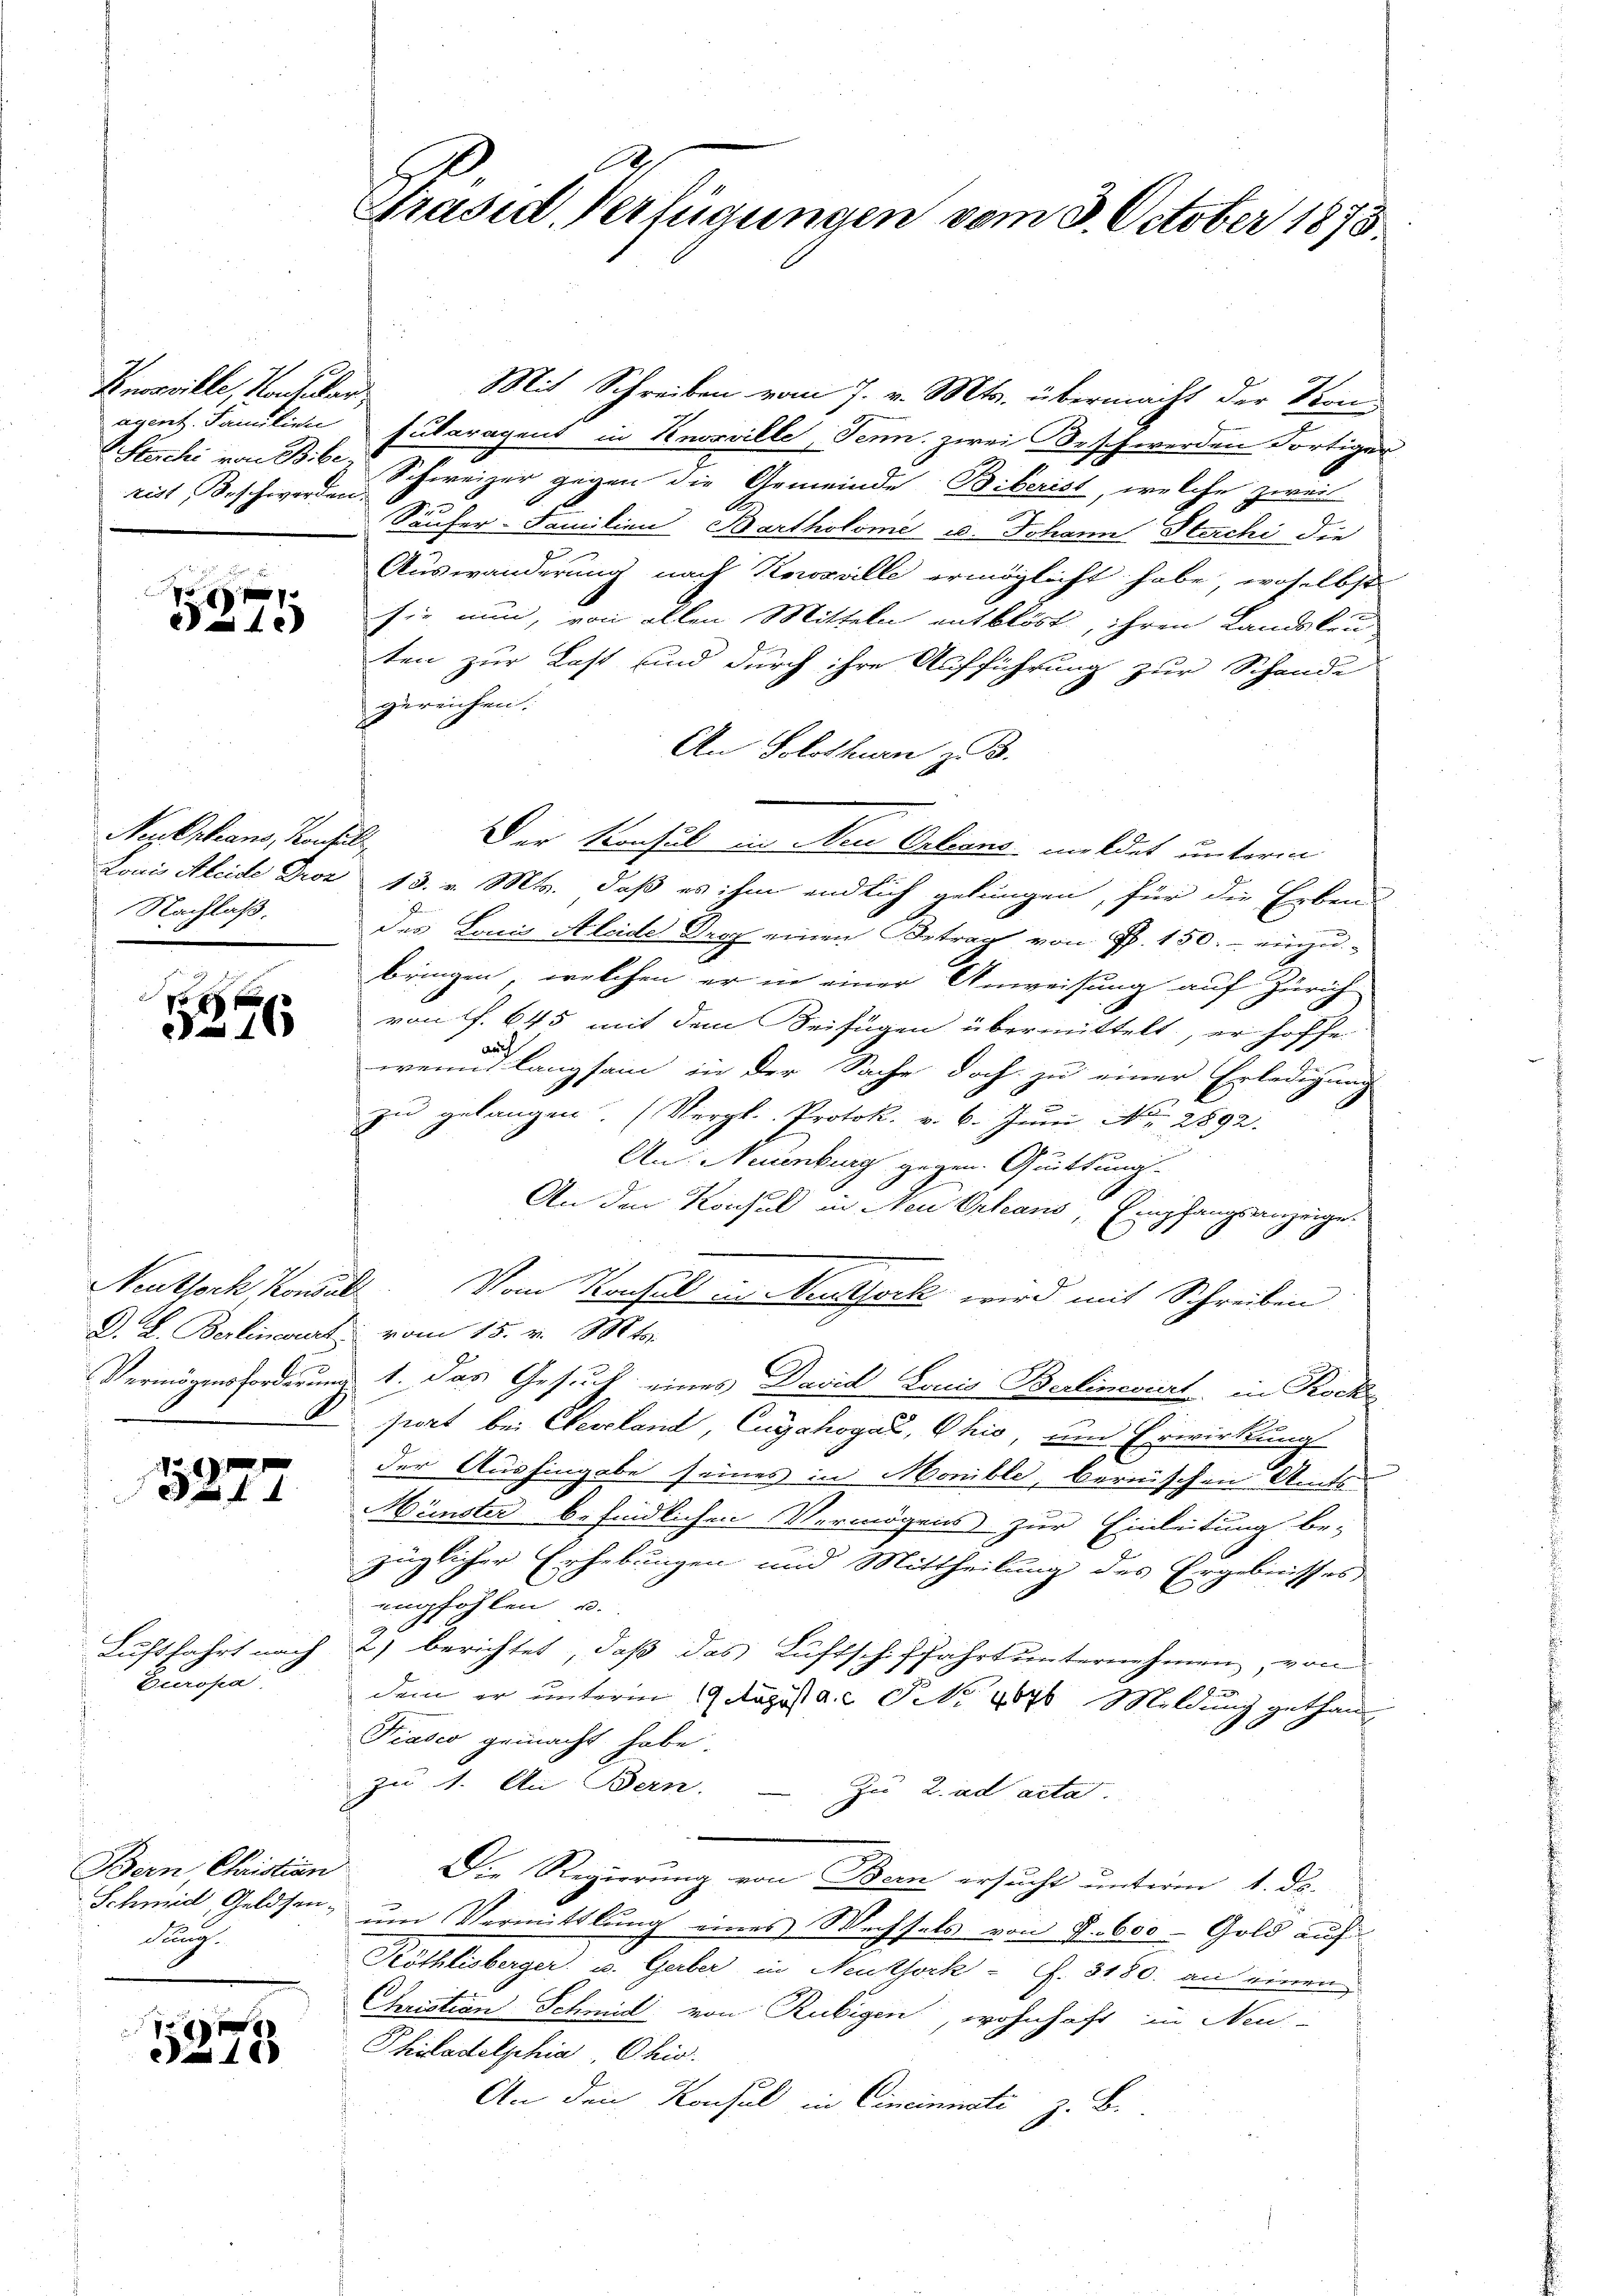
Knosville, Nachüler
rist Beschwerden.

xx
4.)

Nebpleans, Konsult
Nachlaß.

1376

e

15277

Europa

Bern, Christian
dung.

5275

Mit Schreiben vom 7. v. Mts. übermacht der Krone
agent. Familien, sularagent in Knosville, Senn, zwei Beschwerden Fortiger
Stucki von BBb, Schweizer gegen die Gemeinde Biberist, welche zweit
Säufer-Familien Bartholome u. Johann Sterchi die
Auswanderung nach Kowzrille ermöglicht habe, woselbst
sie nun, von allen Mitteln entblöst, ihren Landsleu
ten zur Last und durch ihre Aufführung zur Schande
zureichen.
An Solothurn z. B.
Der Konsul in Neu Orleans mildet unterm
Louis Aleide Droz 13. v. Mts., daß es ihm endlich gelungen, für die Erben
des Lonis Aleide Graz einen Betrag von P. 150.- einzu-
bringen, welchen er in einer Anweisung auf Zürich
von ff. 645 mit dem Beifügen übermittelt, er hoffe
wenn langsam in der Sache doch zu einer Erledigung
zu gelangen. (Vergl. Protok. v. 6. Juni No 2892.
An: Neuenburg gegen Quittungs-
An den Konsul in Neu Orleans, Empfangsanzeige
Neuthoch Kowall. Vom Konsul in Methock wird mit Schreiben
D. L. Berlinerart vom 15. v. Mts.
Vermögensforderung 1. Das Gesuch eines David Louis Berlineviert, in Rock
port bei Cleveland, Cuyahogal, Ohio, um Erwirkung
der Aushingabe seines in Monible, bernischen Amts
Münster befindlichen Vermögens zur Einleitung be-
züglicher Erhebungen und Mittheilung des Ergebnisses
empfohlen u.
Luftfahrt nach 2) berichtet, daß das Luftschiffahrt unternehmen, von
dem er unterm 19. August a.c. No 1076 Mildung gethan
10
Piasco gemacht habe.
zu 1. An Bern. — Zu 2. ad acta.
Die Regierung von Bern ersucht unterm 1. ds.
Schmidt, Geldsen, um Vermittlung eines Wechsels von S. 600 - Gold auf
Röthlisberger, u. Gerber in Neuthork- S. 3180. an einen
Christian Schmid von Rubigen, wohnhaft in Neu-
Philadelphia Ohio
An den Konsul in Cinciminati z. B.

Präsid. Verfügungen vom 3. October 1878